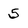
Character: 5